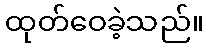
ထုတ်ဝေခဲ့သည်။